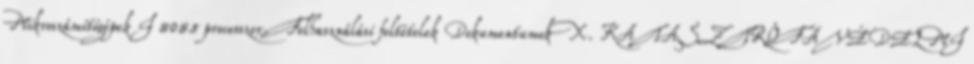
Mikroszámítógépek I 8085 processzor. Felhasználási feltételek Dokumentumok X. KATASZTRÓFAVÉDELMI